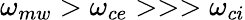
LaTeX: \omega_{mw}>\omega_{ce}>>>\omega_{ci}